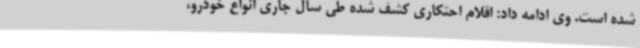
شده است. وی ادامه داد: اقلام احتکاری کشف شده طی سال جاری انواع خودرو،